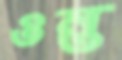
ওন্ত